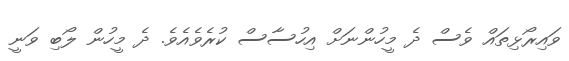
ވައިރޯޅިތައް ވެސް ދެ މީހުންނަށް އިހުސާސް ކުރެވެއެވެ. ދެ މީހުން ލޯބި ވަނީ